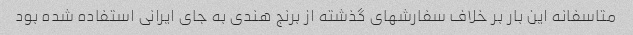
متاسفانه این بار بر خلاف سفارشهای گذشته از برنج هندی به جای ایرانی استفاده شده بود